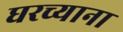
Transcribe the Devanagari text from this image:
घरच्याना